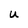
Character: U